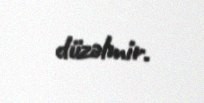
düzəlmir.